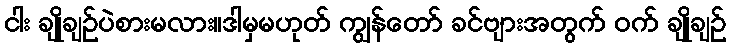
ငါး ချိုချဉ်ပဲစားမလား။ဒါမှမဟုတ် ကျွန်တော် ခင်ဗျားအတွက် ဝက် ချိုချဉ်